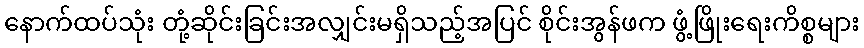
နောက်ထပ်သုံး တုံ့ဆိုင်းခြင်းအလျှင်းမရှိသည့်အပြင် စိုင်းအွန်ဖက ဖွံ့ဖြိုးရေးကိစ္စများ